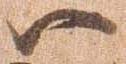
ハ